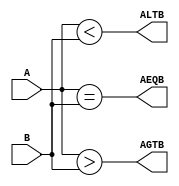
// Data Flow Comparator 

module magComp(ALTB, AGTB, AEQB, A, B);
  input [3:0] A, B;
  output ALTB, AGTB, AEQB;
  assign  ALTB = (A < B),
          AGTB = (A > B),
          AEQB = (A == B);
endmodule

module tb;
  reg [3:0]A, B;
  wire ALTB, AGTB, AEQB;
  magComp mod(ALTB, AGTB, AEQB, A, B);
  initial
    begin
      $monitor($time, " A=%4b, B=%4b, ALTB=%b, AGTB=%b, AEQB=%b.", A, B, ALTB, AGTB, AEQB);
      #0  A=4'b1010; B=4'b1010;
      #10 A=4'b0101; B=4'b1010;
      #20 A=4'b1111; B=4'b1010;
      #30 $finish;
    end
endmodule